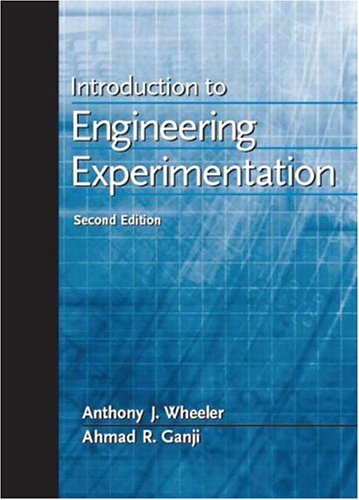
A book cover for Introduction to Engineering Experimentation (2nd Edition); Anthony J. Wheeler; Science & Math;